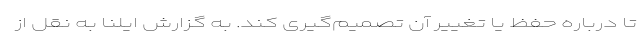
تا درباره حفظ یا تغییر آن تصمیم‌گیری کند. به گزارش ایلنا به نقل از